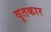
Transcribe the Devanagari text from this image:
वृतकार